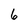
Character: 6